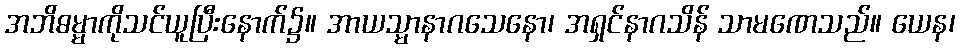
အဘိဓမ္မာကိုသင်ယူပြီးနောက်၌။ အာယသ္မာနာဂသေနော၊ အရှင်နာဂသိန် သာမဏေသည်။ ယေန၊